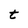
Character: t